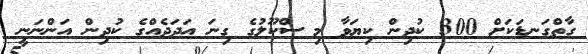
ގާތްގަނޑަކަށް 300 ކުދިން ކިޔަވާ މި ސްކޫލުގެ ގިނަ އަދަދެއްގެ ކުދިން އަންނަނީ